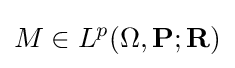
M\in L^{p}(\Omega ,\mathbf {P} ;\mathbf {R} )